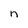
Character: n